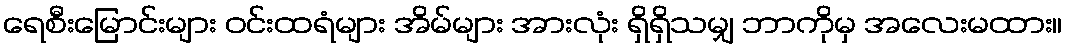
ရေစီးမြောင်းများ ဝင်းထရံများ အိမ်များ အားလုံး ရှိရှိသမျှ ဘာကိုမှ အလေးမထား။